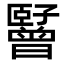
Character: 𬛪